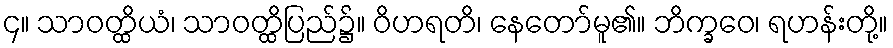
၄။ သာဝတ္ထိယံ၊ သာဝတ္ထိပြည်၌။ ဝိဟရတိ၊ နေတော်မူ၏။ ဘိက္ခဝေ၊ ရဟန်းတို့။